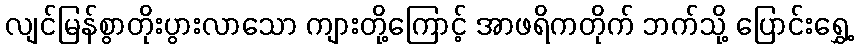
လျင်မြန်စွာတိုးပွားလာသော ကျားတို့ကြောင့် အာဖရိကတိုက် ဘက်သို့ ပြောင်းရွှေ့